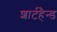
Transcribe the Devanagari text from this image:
शार्टहैन्ड